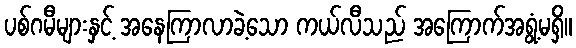
ပစ်ဂမီများနှင့် အနေကြာလာခဲ့သော ကယ်လီသည် အကြောက်အရွံ့မရှိ။